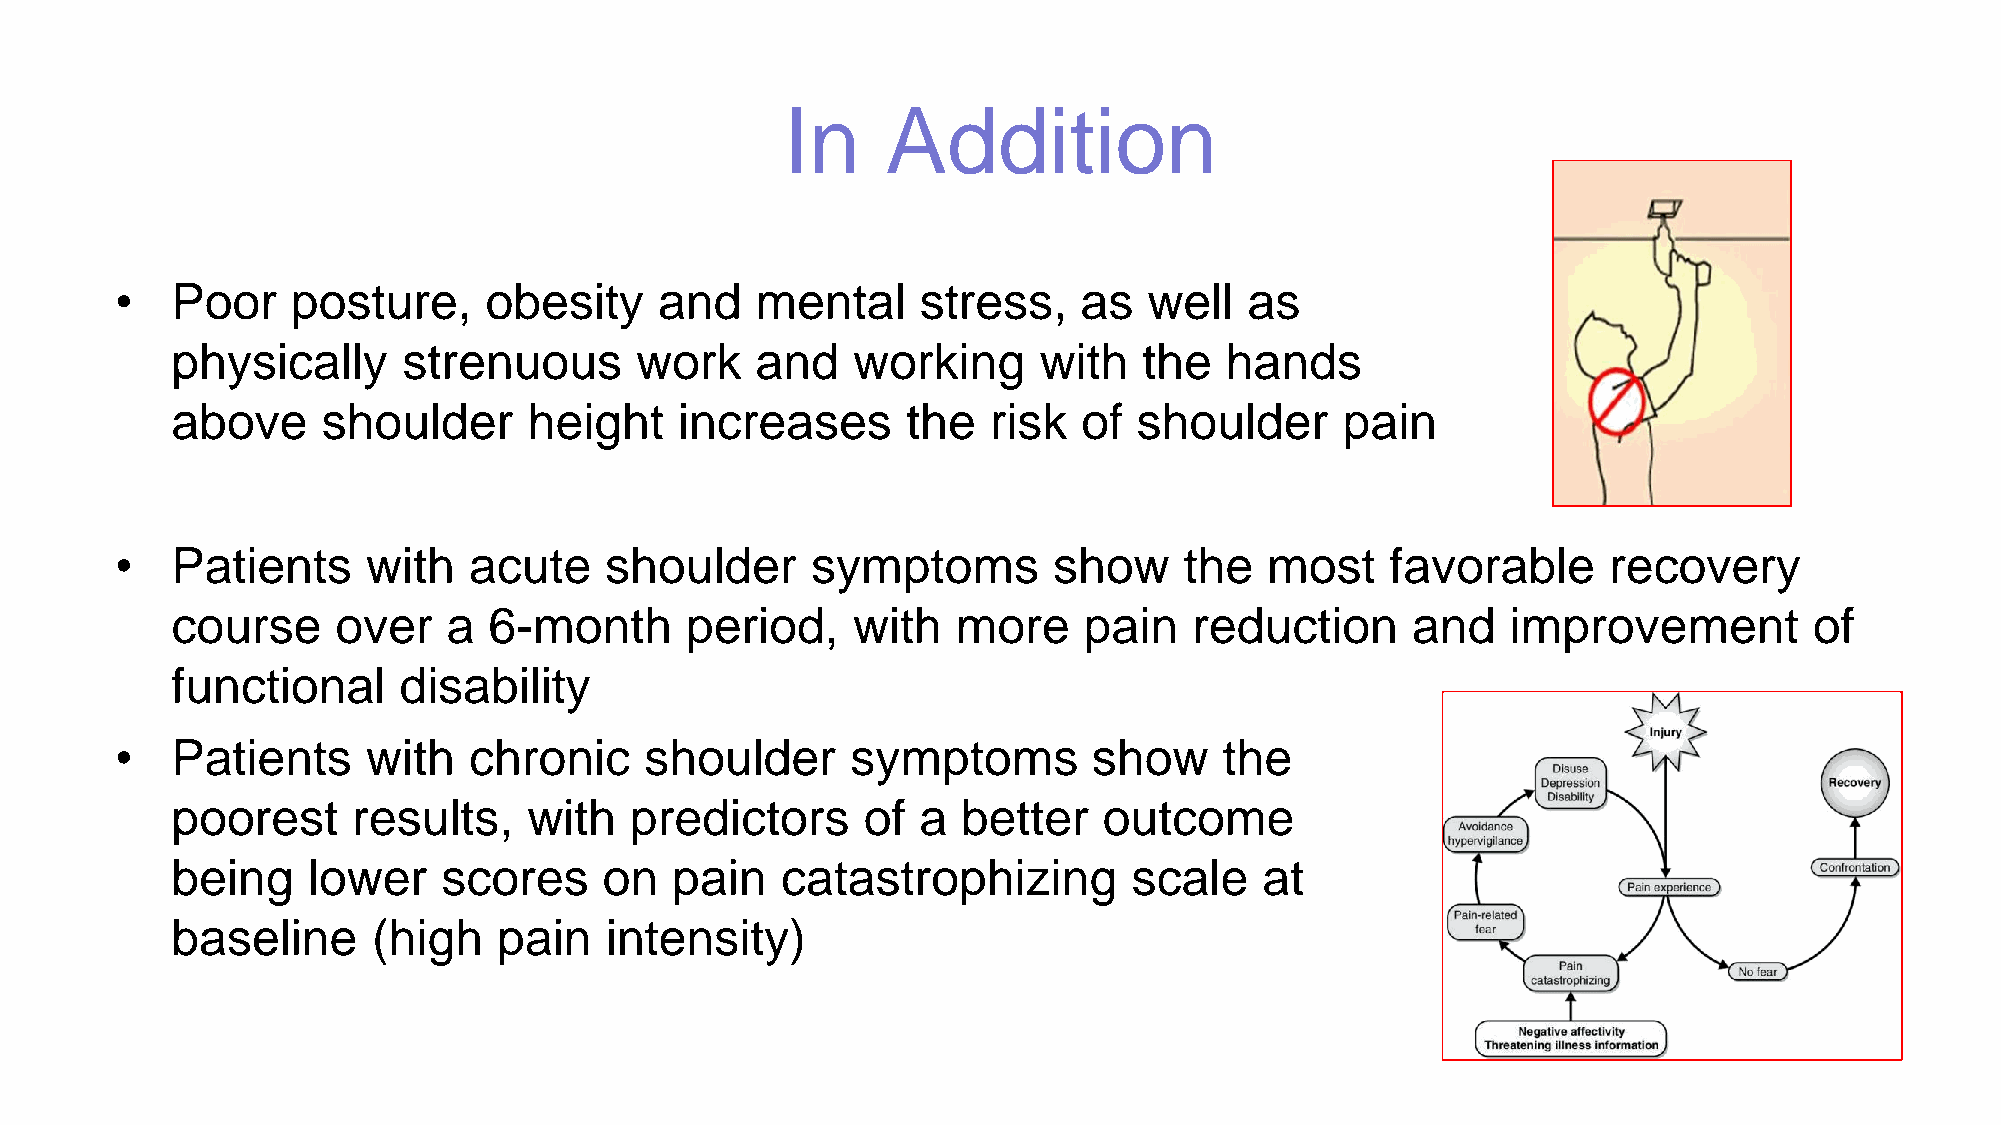
In     Addition
 •  Poor    posture,     obesity     and   mental     stress,    as  well   as
 physically      strenuous      work    and   working      with   the  hands
 above     shoulder      height    increases      the  risk   of shoulder      pain
 •  Patients     with   acute    shoulder      symptoms        show    the   most    favorable     recovery
 course     over    a 6-month      period,    with   more     pain   reduction     and    improvement         of
 functional     disability
 •  Patients     with   chronic     shoulder     symptoms        show     the
 poorest     results,    with   predictors     of  a  better   outcome
 being    lower    scores     on  pain    catastrophizing        scale    at
 baseline      (high   pain   intensity)